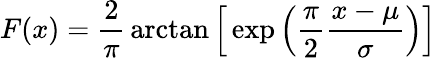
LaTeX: F(x)={\frac{2}{\pi}}\arctan{\Big[}\exp{\Big(}{\frac{\pi}{2}}{\frac{x-\mu}{\sigma}}{\Big)}{\Big]}